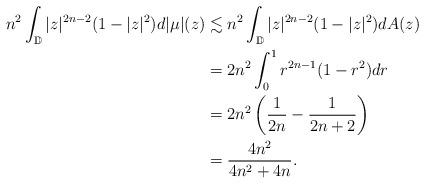
LaTeX: \begin{align*}n^2\int_{\mathbb{D}}|z|^{2n-2}(1-|z|^2)d|\mu|(z)&\lesssim n^2\int_{\mathbb{D}}|z|^{2n-2}(1-|z|^2)dA(z)\\&=2n^2\int_0^1 r^{2n-1}(1-r^2)dr\\&=2n^2\left(\frac{1}{2n}-\frac{1}{2n+2}\right)\\&=\frac{4n^2}{4n^2+4n}.\end{align*}